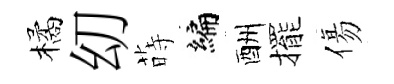
橘㓜蒔编酬擺傷